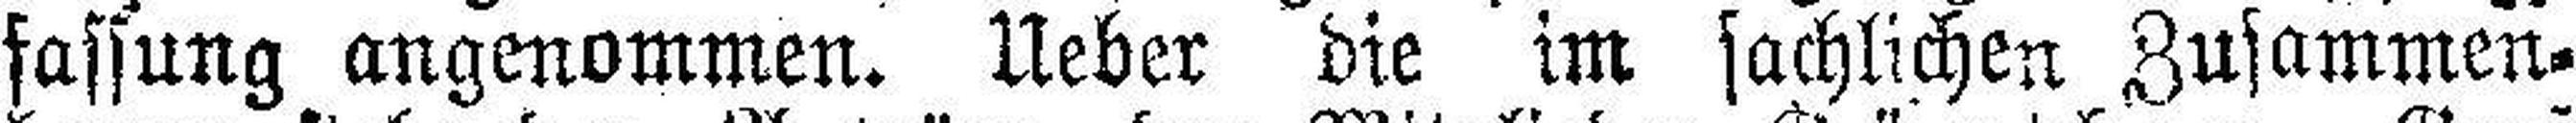
fassung angenommen. Ueber die im sachlichen Zusammen¬